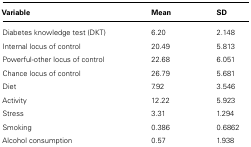
| Variable | Mean | SD |
 | --- | --- | --- |
 | Diabetes knowledge test (DKT) | 6.20 | 2.148 |
 | Internal locus of control | 20.49 | 5.813 |
 | Powerful-other locus of control | 22.68 | 6.051 |
 | Chance locus of control | 26.79 | 5.681 |
 | Diet | 7.92 | 3.546 |
 | Activity | 12.22 | 5.923 |
 | Stress | 3.31 | 1.294 |
 | Smoking | 0.386 | 0.6862 |
 | Alcohol consumption | 0.57 | 1.938 |